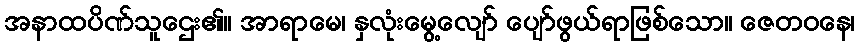
အနာထပိဏ်သူဌေး၏။ အာရာမေ၊ နှလုံးမွေ့လျော် ပျော်ဖွယ်ရာဖြစ်သော။ ဇေတဝနေ၊